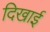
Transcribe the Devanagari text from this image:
दिखार्इ